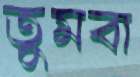
তুমবা